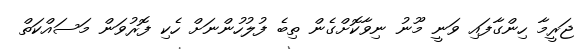
ޖަރީމާ ހިންގާފައި ވަނީ މޫނު ނިވާކޮށްގެން ތިބެ ފުލުހުންނަށް ހެކި ފޮރުވަން މަސައްކަތް